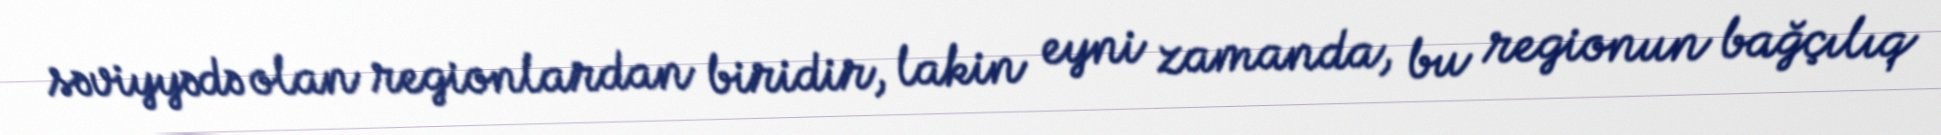
səviyyədə olan regionlardan biridir, lakin eyni zamanda, bu regionun bağçılıq